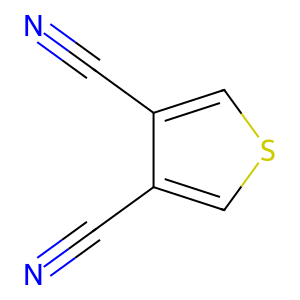
SMILES: N#Cc1cscc1C#N
Inhibits HIV replication: No